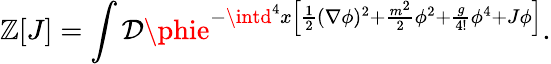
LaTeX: \mathbb{Z}[J]=\int{\mathcal{{D}}}\phie^{-\intd^{4}x\left[{\frac{{1}}{{2}}}(\nabla\phi)^{2}+{\frac{{m^{2}}}{{2}}}\phi^{2}+{\frac{{g}}{{4!}}}\phi^{4}+J\phi\right]}.